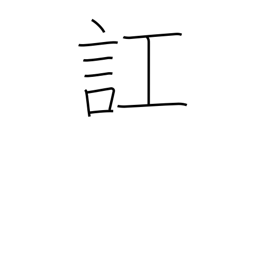
Meaning: get confused